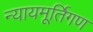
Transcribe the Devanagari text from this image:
न्यायमूर्तिगण